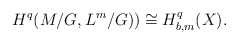
\begin{align*} H^q(M/G,L^m/G))\cong H^q_{b,m}(X). \end{align*}